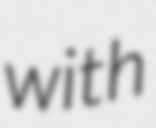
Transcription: with